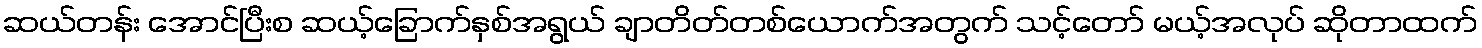
ဆယ်တန်း အောင်ပြီးစ ဆယ့်ခြောက်နှစ်အရွယ် ချာတိတ်တစ်ယောက်အတွက် သင့်တော် မယ့်အလုပ် ဆိုတာထက်